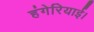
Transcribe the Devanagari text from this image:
हंगेरियाई।